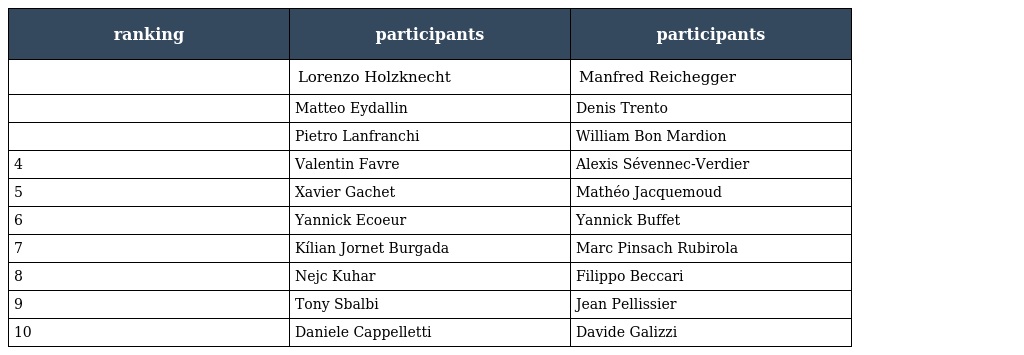
| ranking | participants | participants |
 | --- | --- | --- |
 |  | Lorenzo Holzknecht | Manfred Reichegger |
 |  | Matteo Eydallin | Denis Trento |
 |  | Pietro Lanfranchi | William Bon Mardion |
 | 4 | Valentin Favre | Alexis Sévennec-Verdier |
 | 5 | Xavier Gachet | Mathéo Jacquemoud |
 | 6 | Yannick Ecoeur | Yannick Buffet |
 | 7 | Kílian Jornet Burgada | Marc Pinsach Rubirola |
 | 8 | Nejc Kuhar | Filippo Beccari |
 | 9 | Tony Sbalbi | Jean Pellissier |
 | 10 | Daniele Cappelletti | Davide Galizzi |